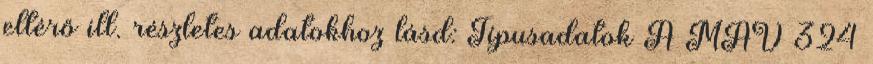
eltérő ill. részletes adatokhoz lásd: Típusadatok A MÁV 324